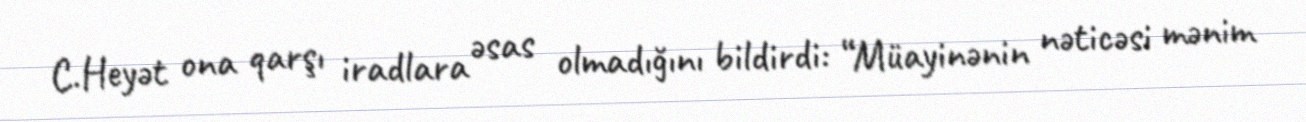
C.Heyət ona qarşı iradlara əsas olmadığını bildirdi: “Müayinənin nəticəsi mənim